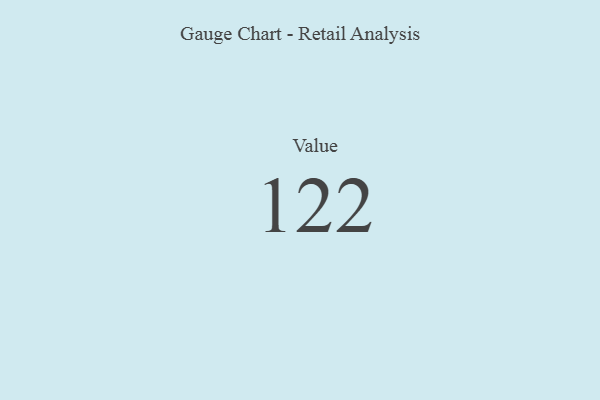
{"axis": {"x": "Metric", "y": "Value"}, "legend": [""], "data": [{"x": "Value", "y": 122, "type": ""}]}